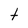
Character: t